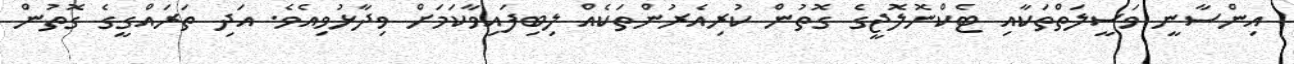
އިންސާނީ ވަސީލަތްތަކާއި ޓެކްނޮލޮޖީގެ ގޮތުން ކުރިއެރުންތަކެއް ލިބިފައިވާކަމަށް ވިދާޅުވިއެވެ. އަދި ތަރައްގީގެ ގޮތުން